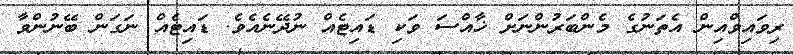
ރިވައިވްއިން އެތަނުގެ މެންބަރުންނަށް ޚާއްސަ ވަކި ޑައިޓެއް ނުދޭނެއެވެ. ޑައިޓެއް ނަގަން ބޭނުންވާ